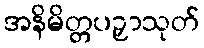
အနိမိတ္တပဉှာသုတ်